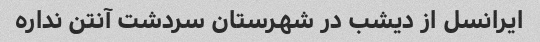
ایرانسل از دیشب در شهرستان سردشت آنتن نداره